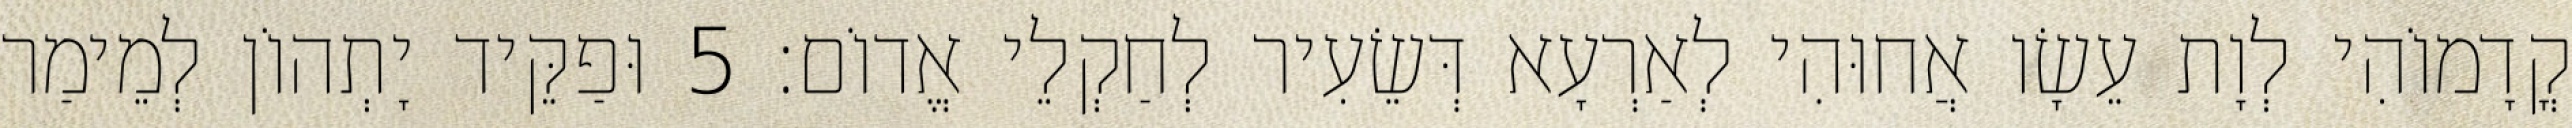
קֳדָמוֹהִי לְוָת עֵשָׂו אֲחוּהִי לְאַרְעָא דְּשֵׂעִיר לְחַקְלֵי אֱדוֹם׃ 5 וּפַקֵּיד יָתְהוֹן לְמֵימַר